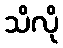
သိလို